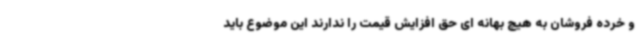
و خرده فروشان به هیچ بهانه ای حق افزایش قیمت را ندارند این موضوع باید